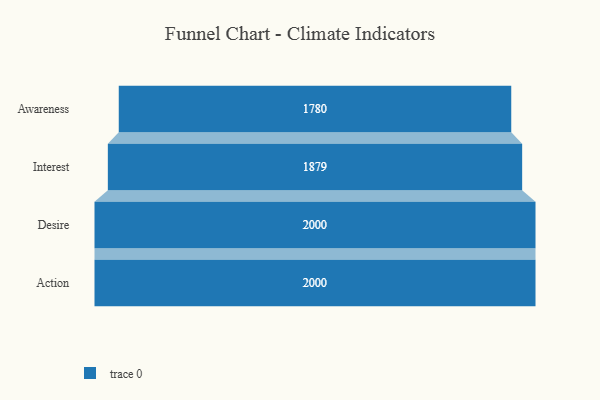
{"axis": {"x": "Stage", "y": "Value"}, "legend": [""], "data": [{"x": "Awareness", "y": 1780.0, "type": ""}, {"x": "Interest", "y": 1879.0, "type": ""}, {"x": "Desire", "y": 2000, "type": ""}, {"x": "Action", "y": 2000, "type": ""}]}